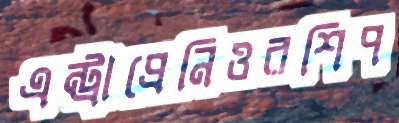
এন্ট্রাপ্রেনিওরশিপ